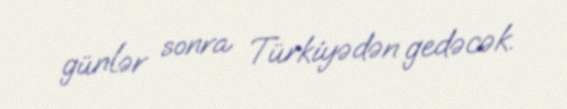
günlər sonra Türkiyədən gedəcək.